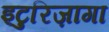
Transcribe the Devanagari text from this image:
इटुरिज़ागा